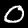
Digit: 0